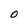
Character: 0